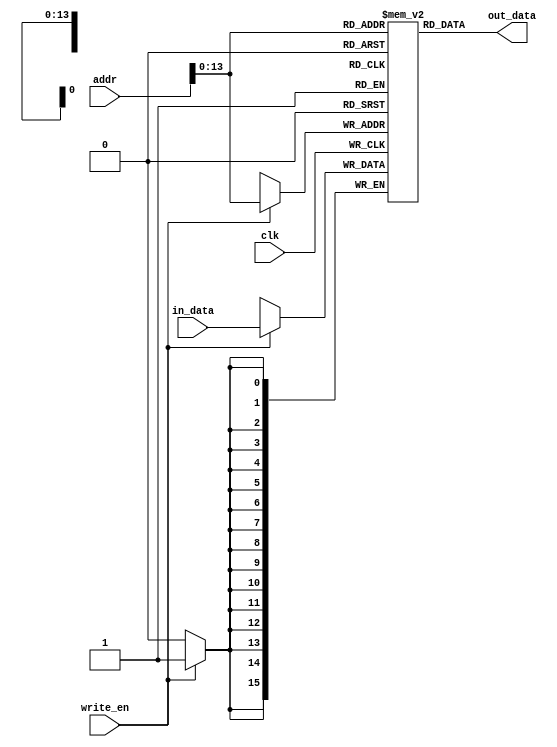
module hack_ram (
    input wire          clk,
    input wire          write_en,
    input wire [15:0]   addr,
    input wire [15:0]   in_data,

    output wire [15:0]   out_data
);
reg [15:0] mem [16383:0]; // 16 Kb

// FPGA
assign out_data = mem[addr];


// 
// 
always @(posedge clk) begin
    if(write_en) begin
        mem[addr] <= in_data;
    end
end

initial begin
    mem[0] <= 1;
    mem[1] <= 5;
end

endmodule